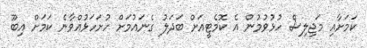
ކަމަށާއި މަޖިލިސް ހުޅުވުމުން އެ ކޮމެޓީއަށް ބަދަލު ގެނައުމަށް ހުށަހަޅުއްވާނެ ކަމަށް އިބޫ